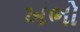
ખભો